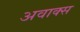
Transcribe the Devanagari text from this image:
अवाक्स